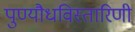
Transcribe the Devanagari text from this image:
पुण्यौधविस्तारिणी